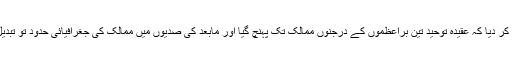
اس عالم گیر پیغام نے بعثت نبوی کی پہلی صدی کے اختتام تک اس حقیقت کو اس قدر نمایاں کر دیا کہ عقیدہ توحید تین براعظموں کے درجنوں ممالک تک پہنچ گیا اور مابعد کی صدیوں میں ممالک کی جغرافیائی حدود تو تبدیل ہوتی رہیں مگر اس کی فکر حقیقی معنوں میں ایک عالم گیر شکل و صورت اختیار کر گئی۔